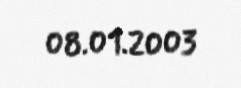
08.01.2003